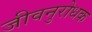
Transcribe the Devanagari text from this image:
जीवनुरोधक